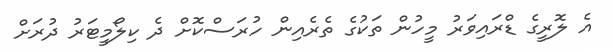
އެ ލޮރީގެ ޑްރައިވަރު މީހުން ތަކުގެ ތެރެއިން ހުރަސްކޮށް ދެ ކިލޯމީޓަރު ދުރަށް